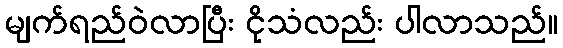
မျက်ရည်ဝဲလာပြီး ငိုသံလည်း ပါလာသည်။